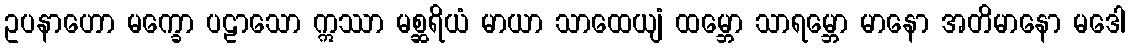
ဥပနာဟော မက္ခော ပဠာသော ဣဿာ မစ္ဆရိယံ မာယာ သာထေယျံ ထမ္ဘော သာရမ္ဘော မာနော အတိမာနော မဒေါ